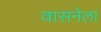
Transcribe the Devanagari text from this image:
वासनेला